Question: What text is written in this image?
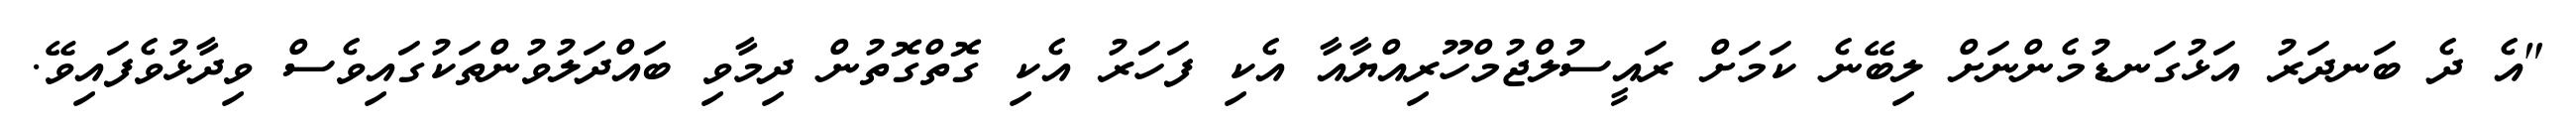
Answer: "އެ ދެ ބަނދަރު އަޅުގަނޑުމެންނަށް ލިބޭނެ ކަމަށް ރައީސުލްޖުމްހޫރިއްޔާއާ އެކި ފަހަރު އެކި ގޮތްގޮތުން ދިމާވި ބައްދަލުވުންތަކުގައިވެސް ވިދާޅުވެފައިވޭ.